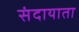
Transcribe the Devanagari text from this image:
संदायाता